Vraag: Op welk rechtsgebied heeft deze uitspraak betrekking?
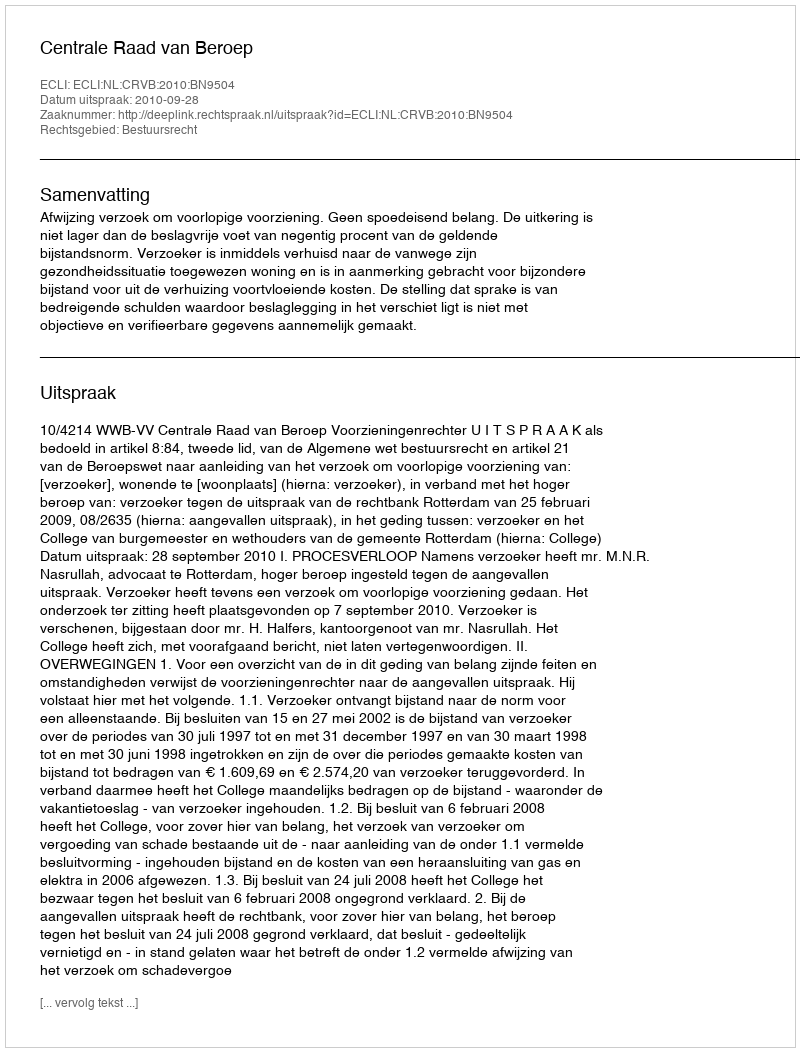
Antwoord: Bestuursrecht